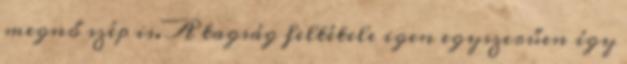
megnő szép is. A tagság feltétele igen egyszerűen így